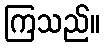
ကြသည်။